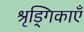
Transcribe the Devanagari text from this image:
श्रृड्गिकाएँ